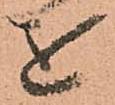
を